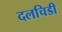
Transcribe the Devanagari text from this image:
दलचिडी